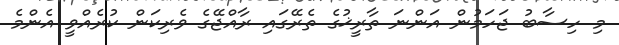
މި ހިސާބު ޖަހަމުން އަންނަ ތާރީޚުގެ ތެރޭގައި ރާއްޖޭގެ ވެރިކަން ކުރެއްވީ އެންމެ